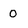
Character: 0